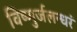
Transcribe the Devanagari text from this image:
विष्णुर्जलन्धरं